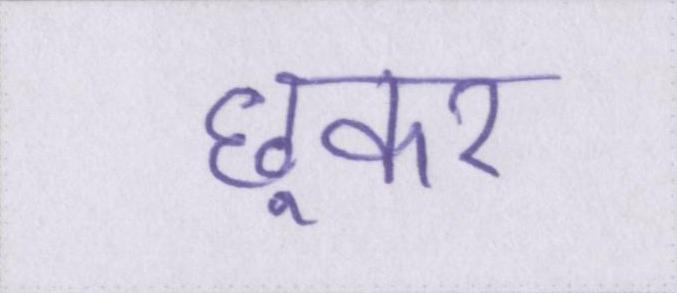
छूकर